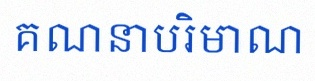
គណនាបរិមាណ